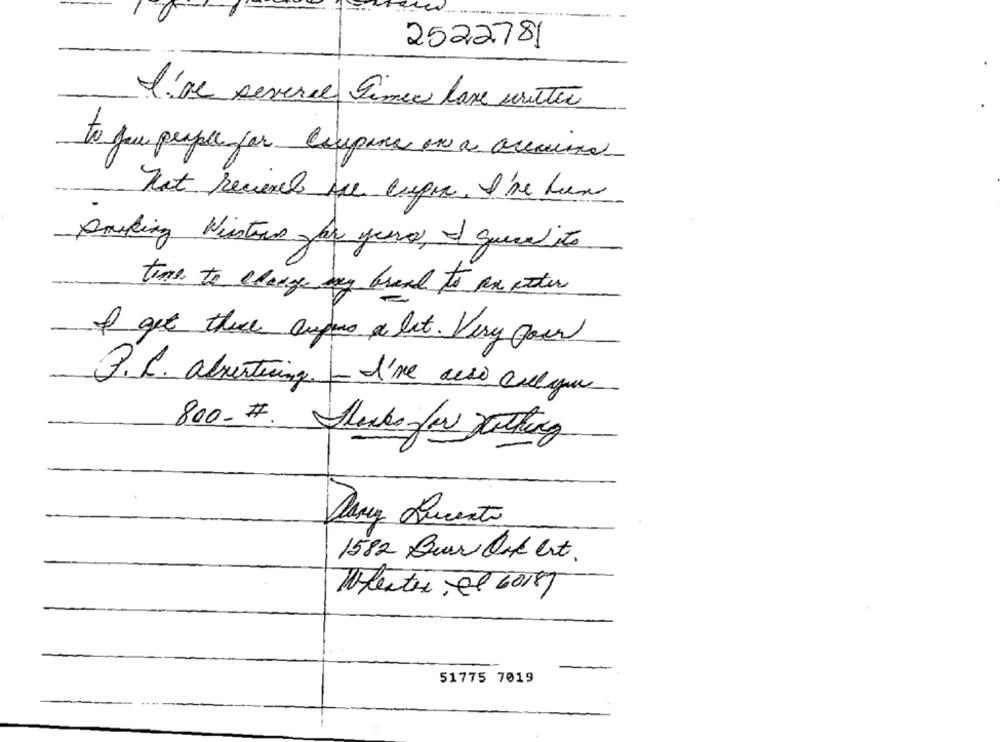
2522781
I've several Times lave writer
to you people for coupona one a acecina
That recieved Are cupen. I've han
Parking Winstons for years, I quecedits
time to change my bread to an etter
of get there ampus a lot. Very four
P.C. abvertering - I've also coloque
800-#. Hacks for nothing
Dany Ducento
1582 Ber Ook ert.
Molester el 20187
51775 7019